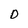
Character: D